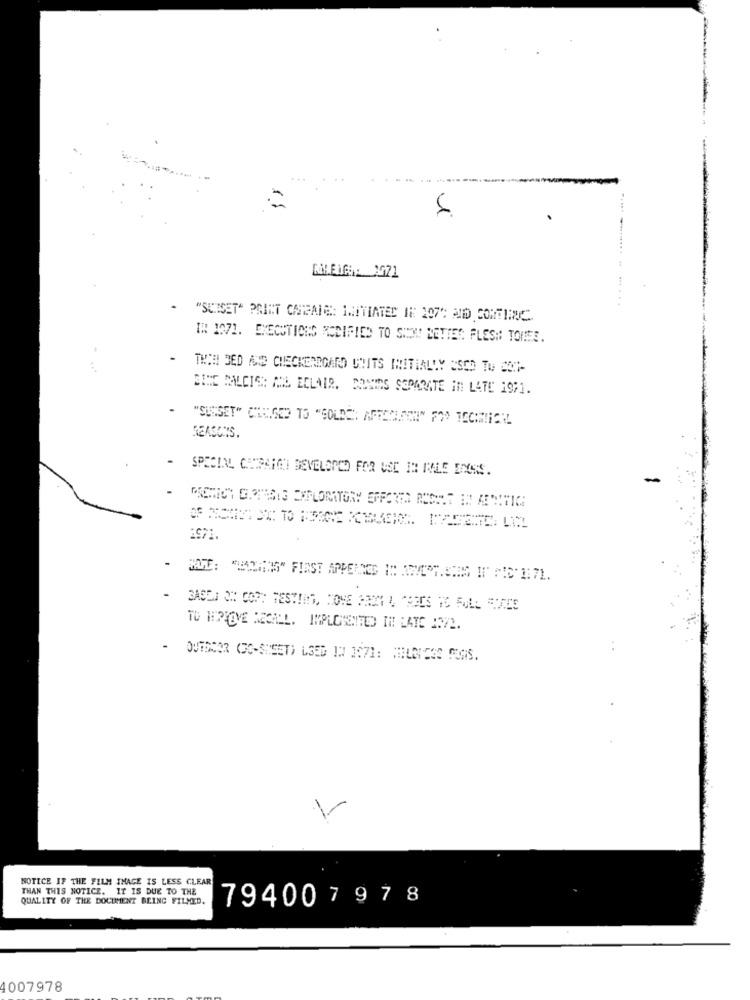
.
KiLEMGO: 1971
"SUISET" PRINT CARPALE: MITIATED IN 207" AND CONTIINC.
IN 1071. EXECUTIONS MODIFIED TO SHOW! BETTER FLESH: TOREE.
THIHI BED AND CHECKERBOARD CUITS INITIALLY USED TO CON-
BINE CALCIO: ANS ECLAIR.
MOUSIES SEPARATE IN LATE 1971.
"SUNSET" CALIGED TO "SOLDE": APRECIAENI" FOD TECHNICAL
REASONS.
-
SPECIAL CHSPARGI DEVELOPED FOR USE IN MLE INSS.
1971.
TO HERLOVE MEOILL. IMPLOHEITED IN LATE 1372.
.
OUTDOOR (PO-SHEET) L35B ID 1071: HILDESE MUGS.
NOTICE IF THE FILM IMAGE IS LESS CLEAR
THAN THIS NOTICE. IT IS DUE TO THE
QUALITY OF THE DOCUMENT BEING FILMED.
794007 978
4007978